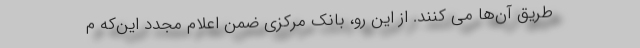
طریق آن‌ها می کنند. از این رو، بانک مرکزی ضمن اعلام مجدد این‌که م